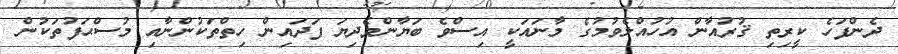
ދެންފަހެ ކީރިތި ޤުރުއާން އުހުއްލެވުމުގެ މާނައަކީ އިސްވެ ބަޔާންވެދިޔަ ފަދައިން ހިތްތަކުންނާއި މުސްޙަފުތަކުން